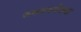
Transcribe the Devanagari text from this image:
जगनगणेच्या